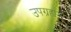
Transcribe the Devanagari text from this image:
उपग्रहांत